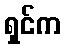
ရှင်က